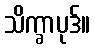
သိက္ခာပုဒ်။